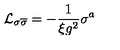
\mathcal { L } _ { \sigma \overline { { \sigma } } } = - \frac { 1 } { \xi g ^ { 2 } } \sigma ^ { a }